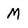
Character: M